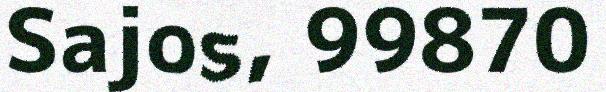
Sajos, 99870